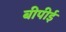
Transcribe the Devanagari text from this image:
बीपीई